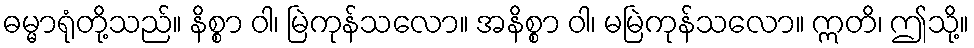
ဓမ္မာရုံတို့သည်။ နိစ္စာ ဝါ၊ မြဲကုန်သလော။ အနိစ္စာ ဝါ၊ မမြဲကုန်သလော။ ဣတိ၊ ဤသို့။